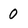
Character: 0